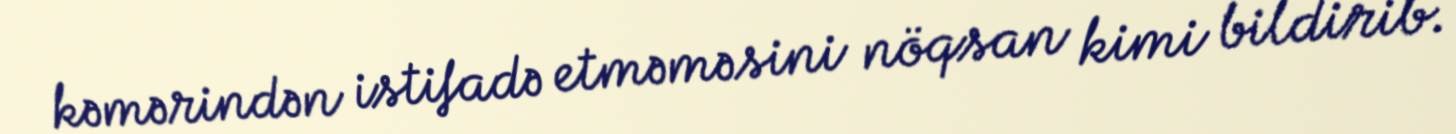
kəmərindən istifadə etməməsini nöqsan kimi bildirib.